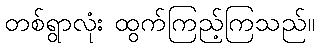
တစ်ရွာလုံး ထွက်ကြည့်ကြသည်။